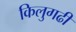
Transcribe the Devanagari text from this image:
किलुगढी